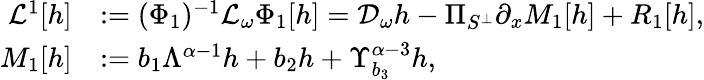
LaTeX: \begin{array}{rl}{\mathcal{L}^{1}[h]}&{:=(\Phi_{1})^{-1}\mathcal{L}_{\omega}\Phi_{1}[h]=\mathcal{D}_{\omega}h-\Pi_{S^{\perp}}\partial_{x}M_{1}[h]+R_{1}[h],}\\ {M_{1}[h]}&{:={b}_{1}\Lambda^{\alpha-1}h+b_{2}h+\Upsilon_{{b}_{3}}^{\alpha-3}h,}\end{array}